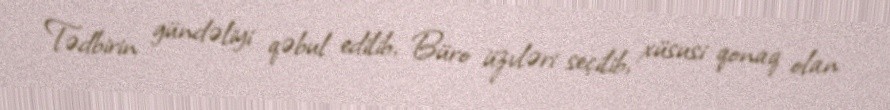
Tədbirin gündəliyi qəbul edilib, Büro üzvləri seçilib, xüsusi qonaq olan